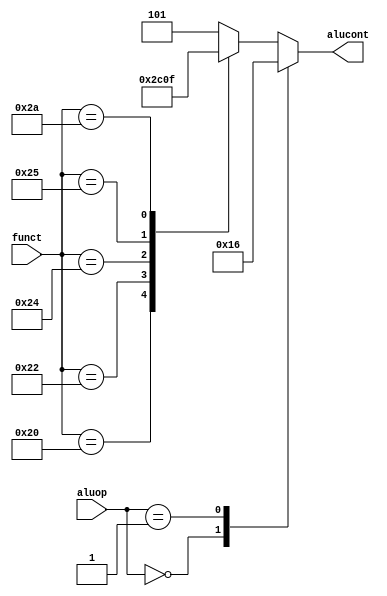
module alucontrol(
    input      [1:0] aluop,
    input      [5:0] funct,
    output reg [2:0] alucont
);

    always @(*)
        case(aluop)
            2'b00  : alucont <= 3'b010; // add for lb/sb/addi (j will be settled here)
            2'b01  : alucont <= 3'b110; // sub for beq
            default: case(funct)        // R-Type instructions
                6'b100000: alucont <= 3'b010; // add (for add)
                6'b100010: alucont <= 3'b110; // subtract (for sub)
                6'b100100: alucont <= 3'b000; // logical and (for and)
                6'b100101: alucont <= 3'b001; // logical or (for or)
                6'b101010: alucont <= 3'b111; // set on less (for slt)
                default  : alucont <= 3'b101; // no operation 
            endcase
        endcase
endmodule



module controller (
    input [5:0]  op, funct,
    output reg   branch, jump, regdst, alusrc, memwrite, memread, memtoreg, regwrite,
    output [2:0] alucont
);

    parameter RTYPE = 6'b000000;
    parameter ADDI  = 6'b001000;
    parameter LB    = 6'b100000;
    parameter SB    = 6'b101000;
    parameter BEQ   = 6'b000100;
    parameter J     = 6'b000010;

    reg [1:0] aluop;

    alucontrol ac(aluop, funct, alucont);

    always @(*) begin
        branch   <= 0;
        jump     <= 0;
        regdst   <= 0;
        alusrc   <= 0;
        memwrite <= 0;
        memread  <= 0;
        memtoreg <= 0;
        regwrite <= 0;
        aluop    <= 2'b00;

        case (op)
            RTYPE: begin
                regdst   <= 1;
                regwrite <= 1;
                aluop    <= 2'b10;
            end
            ADDI: begin
                alusrc   <= 1;
                regwrite <= 1;
            end
            LB: begin
                alusrc   <= 1;
                memread  <= 1;
                memtoreg <= 1;
                regwrite <= 1;
            end
            SB: begin
                alusrc   <= 1;
                memwrite <= 1;
            end
            BEQ: begin
                branch   <= 1;
                aluop    <= 2'b01;
            end
            J: begin
                jump     <= 1;
            end
        endcase
    end

endmodule